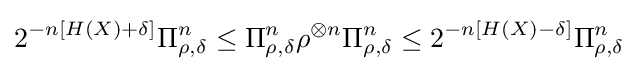
2^{-n\left[H(X)+\delta \right]}\Pi _{\rho ,\delta }^{n}\leq \Pi _{\rho ,\delta }^{n}\rho ^{\otimes n}\Pi _{\rho ,\delta }^{n}\leq 2^{-n\left[H(X)-\delta \right]}\Pi _{\rho ,\delta }^{n}